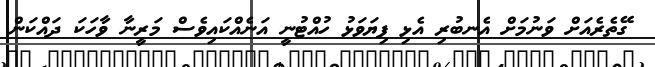
ގޭތެރެއަށް ވަނުމަށް އެނބުރި އެޅި ފިޔަވަޅު ހުއްޓުނީ އަނެއްކައިވެސް މަރީނާ ވާހަކަ ދައްކަން